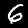
Digit: 6